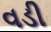
વડી